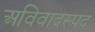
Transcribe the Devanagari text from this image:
अविवादस्पद